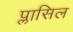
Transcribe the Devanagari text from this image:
प्लासिल